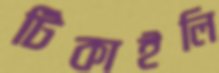
টিকাইলি